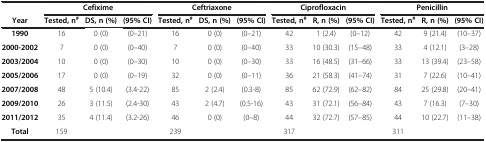
<table><thead><tr><td><b> </b></td><td colspan="3"><b>Cefixime</b></td><td colspan="3"><b>Ceftriaxone</b></td><td colspan="3"><b>Ciprofloxacin</b></td><td colspan="3"><b>Penicillin</b></td></tr><tr><td><b>Year</b></td><td><b>Tested, n<sup>#</sup></b></td><td><b>DS, n (%)</b></td><td><b>(95% CI)</b></td><td><b>Tested, n<sup>#</sup></b></td><td><b>DS, n (%)</b></td><td><b>(95% CI)</b></td><td><b>Tested, n<sup>#</sup></b></td><td><b>R, n (%)</b></td><td><b>(95% CI)</b></td><td><b>Tested, n<sup>#</sup></b></td><td><b>R, n (%)</b></td><td><b>(95% CI)</b></td></tr></thead><tbody><tr><td><b>1990</b></td><td>16</td><td>0 (0)</td><td>(0–21)</td><td>16</td><td>0 (0)</td><td>(0–21)</td><td>42</td><td>1 (2.4)</td><td>(0–12)</td><td>42</td><td>9 (21.4)</td><td>(10–37)</td></tr><tr><td><b>2000-2002</b></td><td>7</td><td>0 (0)</td><td>(0–40)</td><td>7</td><td>0 (0)</td><td>(0–40)</td><td>33</td><td>10 (30.3)</td><td>(15–48)</td><td>33</td><td>4 (12.1)</td><td>(3–28)</td></tr><tr><td><b>2003/2004</b></td><td>10</td><td>0 (0)</td><td>(0–30)</td><td>10</td><td>0 (0)</td><td>(0–30)</td><td>33</td><td>16 (48.5)</td><td>(31–66)</td><td>33</td><td>13 (39.4)</td><td>(23–58)</td></tr><tr><td><b>2005/2006</b></td><td>17</td><td>0 (0)</td><td>(0–19)</td><td>32</td><td>0 (0)</td><td>(0–11)</td><td>36</td><td>21 (58.3)</td><td>(41–74)</td><td>31</td><td>7 (22.6)</td><td>(10–41)</td></tr><tr><td><b>2007/2008</b></td><td>48</td><td>5 (10.4)</td><td>(3.4-22)</td><td>85</td><td>2 (2.4)</td><td>(0.3-8)</td><td>85</td><td>62 (72.9)</td><td>(62–82)</td><td>84</td><td>25 (29.8)</td><td>(20–41)</td></tr><tr><td><b>2009/2010</b></td><td>26</td><td>3 (11.5)</td><td>(2.4-30)</td><td>43</td><td>2 (4.7)</td><td>(0.5-16)</td><td>43</td><td>31 (72.1)</td><td>(56–84)</td><td>43</td><td>7 (16.3)</td><td>(7–30)</td></tr><tr><td><b>2011/2012</b></td><td>35</td><td>4 (11.4)</td><td>(3.2-26)</td><td>46</td><td>0 (0)</td><td>(0–8)</td><td>44</td><td>32 (72.7)</td><td>(57–85)</td><td>44</td><td>10 (22.7)</td><td>(11–38)</td></tr><tr><td><b>Total</b></td><td>159</td><td> </td><td> </td><td>239</td><td> </td><td> </td><td>317</td><td> </td><td> </td><td>311</td><td> </td><td> </td></tr></tbody></table>